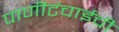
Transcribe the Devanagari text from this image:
पाणीटंचाईची